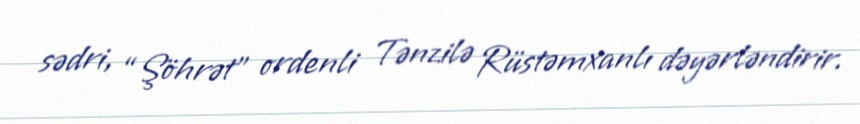
sədri, “Şöhrət” ordenli Tənzilə Rüstəmxanlı dəyərləndirir.